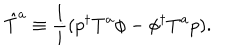
LaTeX: \hat { T } ^ { a } \equiv \frac { 1 } { i } ( p ^ { \dagger } T ^ { a } \phi - \phi ^ { \dagger } T ^ { a } p ) .